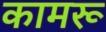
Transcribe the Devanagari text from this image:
कामरू